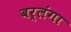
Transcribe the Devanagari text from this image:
बर्लंगा